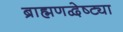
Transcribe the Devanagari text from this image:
ब्राह्मणद्वेष्ट्या